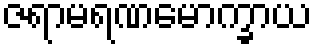
ဇရာမရဏမောက္ခာယ